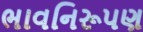
ભાવનિરૂપણ